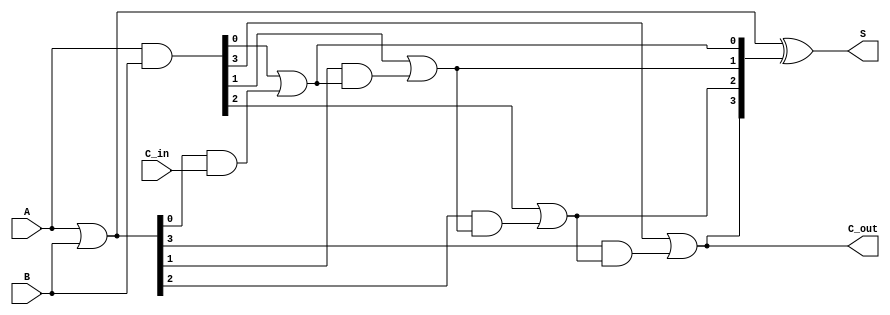
module sklansky_adder #(parameter N = 4) (
    input  [N-1:0] A,       // First operand
    input  [N-1:0] B,       // Second operand
    input        C_in,      // Carry-in
    output [N-1:0] S,       // Sum output
    output       C_out      // Carry-out
);

    // Generate and Propagate signals
    wire [N-1:0] G; // Generate
    wire [N-1:0] P; // Propagate
    wire [N:0] C;    // Carry signals

    // Generate and Propagate calculations
    assign G = A & B;                    // G_i = A_i * B_i
    assign P = A | B;                    // P_i = A_i + B_i

    // Carry calculations using hierarchical Sklansky method
    assign C[0] = C_in;                  // C_0 = C_in
    genvar i;
    generate
        for (i = 0; i < N; i = i + 1) begin : carry_gen
            if (i == 0) begin
                assign C[i + 1] = G[i] | (P[i] & C[i]); // C_1
            end else begin
                assign C[i + 1] = G[i] | (P[i] & C[i]); // C_i
            end
        end
    endgenerate

    // Sum calculation
    assign S = P ^ C[N:1];                // S_i = P_i  C_i

    // Final carry-out
    assign C_out = C[N];                  // C_out = C_n

endmodule